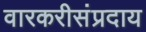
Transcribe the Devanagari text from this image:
वारकरीसंप्रदाय